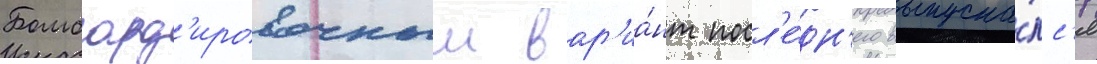
Бомбард'ировочныи вар'иа́нт посл'е́дн'его выпуска́лс'я